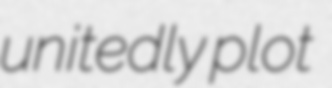
unitedly plot